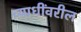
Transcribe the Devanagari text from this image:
व्याधींवरील